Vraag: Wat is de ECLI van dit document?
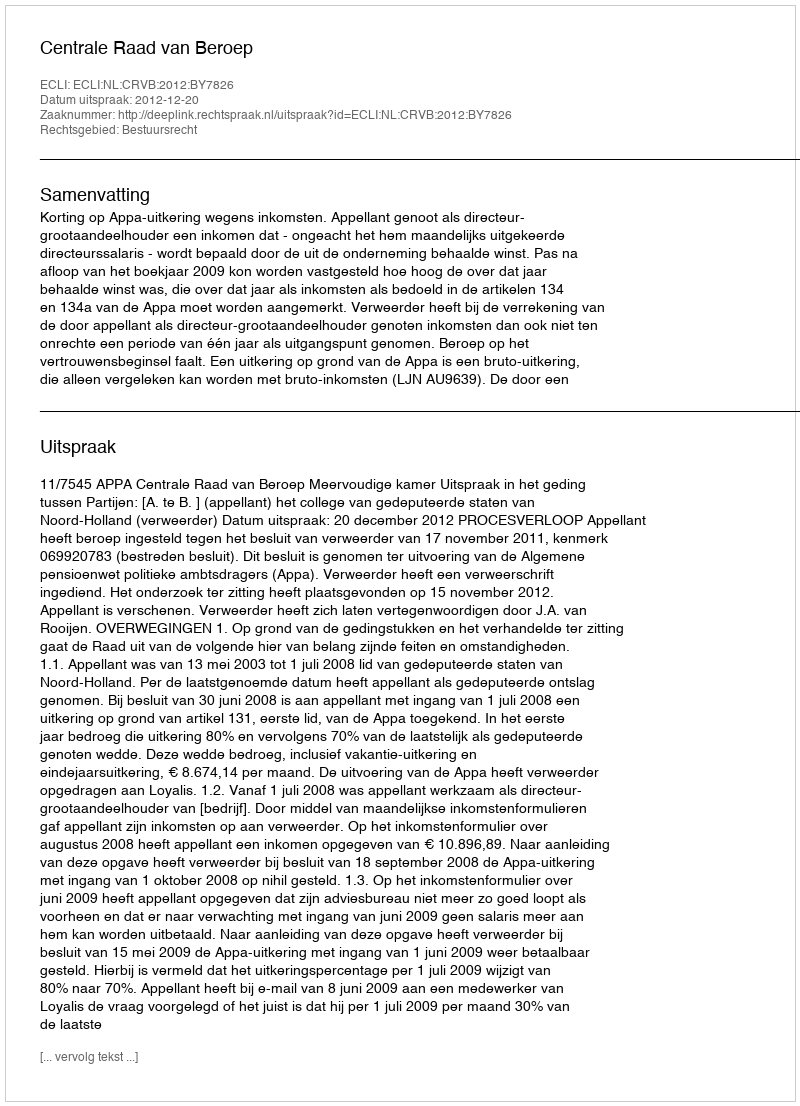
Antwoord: ECLI:NL:CRVB:2012:BY7826